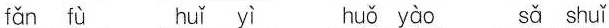
fǎn fù hù yì huǒ yào sǎ shuǐ